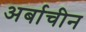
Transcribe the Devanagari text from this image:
अर्बाचीन